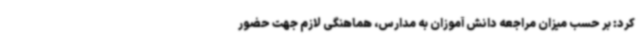
کرد: بر حسب میزان مراجعه دانش آموزان به مدارس، هماهنگی لازم جهت حضور